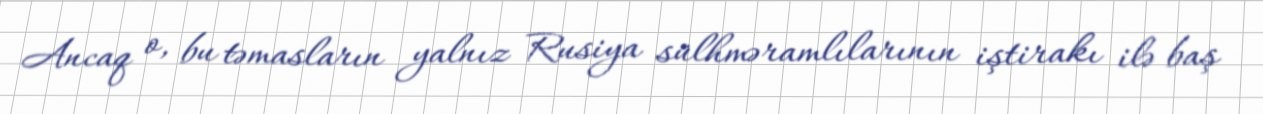
Ancaq o, bu təmasların yalnız Rusiya sülhməramlılarının iştirakı ilə baş